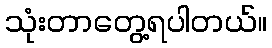
သုံးတာတွေ့ရပါတယ်။